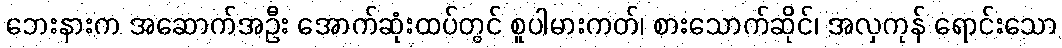
ဘေးနားက အဆောက်အဦး အောက်ဆုံးထပ်တွင် စူပါမားကတ်၊ စားသောက်ဆိုင်၊ အလှကုန် ရောင်းသော